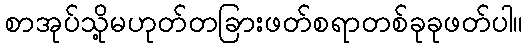
စာအုပ်သို့မဟုတ်တခြားဖတ်စရာတစ်ခုခုဖတ်ပါ။